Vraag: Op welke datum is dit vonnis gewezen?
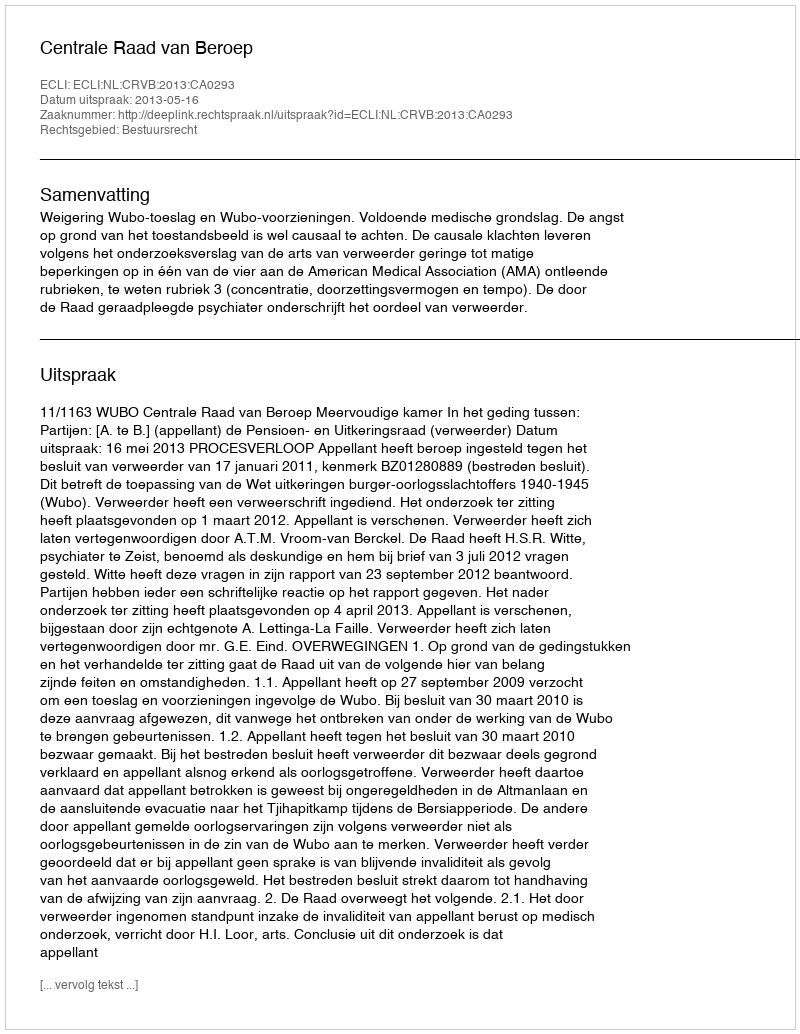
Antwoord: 2013-05-16